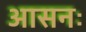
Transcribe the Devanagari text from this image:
आसनः